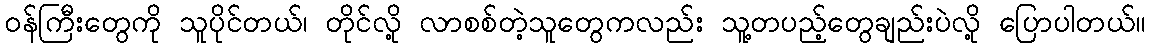
၀န်ကြီးတွေကို သူပိုင်တယ်၊ တိုင်လို့ လာစစ်တဲ့သူတွေကလည်း သူ့တပည့်တွေချည်းပဲလို့ ပြောပါတယ်။